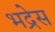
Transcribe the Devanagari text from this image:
भद्रेस